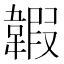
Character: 䪗